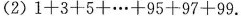
(2)$$1 + 3 + 5 + … + 9 7 + 9 9$$.